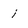
Character: i